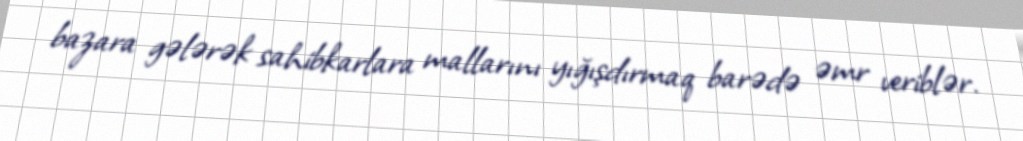
bazara gələrək sahibkarlara mallarını yığışdırmaq barədə əmr veriblər.